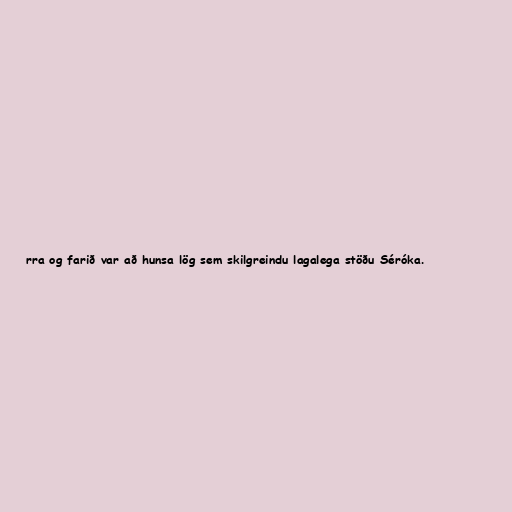
rra og farið var að hunsa lög sem skilgreindu lagalega stöðu Séróka.